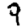
Digit: 9